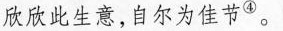
欣欣此生意，自尔为佳节^{④}。